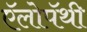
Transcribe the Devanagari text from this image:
ऍलोपॅथी